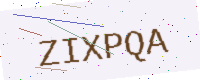
Text: ZIXPQA